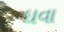
ઘવા